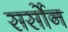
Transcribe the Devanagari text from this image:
सर्सोन